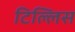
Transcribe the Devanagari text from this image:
टिल्लिस